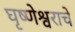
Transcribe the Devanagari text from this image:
घृष्णेश्वराचे